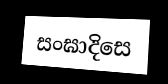
සංඝාදිසෙ